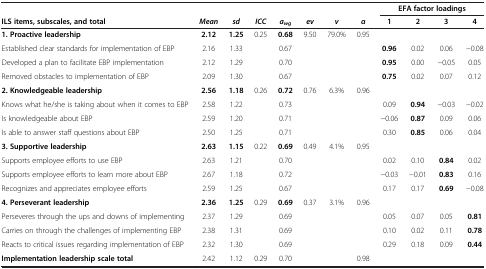
<table><thead><tr><td colspan="8"><b> </b></td><td colspan="4"><b>EFA factor loadings</b></td></tr><tr><td><b>ILS items, subscales, and total</b></td><td><b><i>Mean</i></b></td><td><b><i>sd</i></b></td><td><b><i>ICC</i></b></td><td><b><i>a</i><sub><i>wg</i></sub></b></td><td><b><i>ev</i></b></td><td><b><i>v</i></b></td><td><b><i>α</i></b></td><td><b>1</b></td><td><b>2</b></td><td><b>3</b></td><td><b>4</b></td></tr></thead><tbody><tr><td><b>1. Proactive leadership</b></td><td><b>2.12</b></td><td><b>1.25</b></td><td>0.25</td><td><b>0.68</b></td><td>9.50</td><td>79.0%</td><td>0.95</td><td> </td><td> </td><td> </td><td> </td></tr><tr><td>Established clear standards for implementation of EBP</td><td>2.16</td><td>1.33</td><td> </td><td>0.67</td><td> </td><td> </td><td> </td><td><b>0.96</b></td><td>0.02</td><td>0.06</td><td>−0.08</td></tr><tr><td>Developed a plan to facilitate EBP implementation</td><td>2.12</td><td>1.29</td><td> </td><td>0.70</td><td> </td><td> </td><td> </td><td><b>0.95</b></td><td>0.00</td><td>−0.05</td><td>0.05</td></tr><tr><td>Removed obstacles to implementation of EBP</td><td>2.09</td><td>1.30</td><td> </td><td>0.67</td><td> </td><td> </td><td> </td><td><b>0.75</b></td><td>0.02</td><td>0.07</td><td>0.12</td></tr><tr><td><b>2. Knowledgeable leadership</b></td><td><b>2.56</b></td><td><b>1.18</b></td><td>0.26</td><td><b>0.72</b></td><td>0.76</td><td>6.3%</td><td>0.96</td><td> </td><td> </td><td> </td><td> </td></tr><tr><td>Knows what he/she is taking about when it comes to EBP</td><td>2.58</td><td>1.22</td><td> </td><td>0.73</td><td> </td><td> </td><td> </td><td>0.09</td><td><b>0.94</b></td><td>−0.03</td><td>−0.02</td></tr><tr><td>Is knowledgeable about EBP</td><td>2.59</td><td>1.20</td><td> </td><td>0.71</td><td> </td><td> </td><td> </td><td>−0.06</td><td><b>0.87</b></td><td>0.09</td><td>0.06</td></tr><tr><td>Is able to answer staff questions about EBP</td><td>2.50</td><td>1.25</td><td> </td><td>0.71</td><td> </td><td> </td><td> </td><td>0.30</td><td><b>0.85</b></td><td>0.06</td><td>0.04</td></tr><tr><td><b>3. Supportive leadership</b></td><td><b>2.63</b></td><td><b>1.15</b></td><td>0.22</td><td><b>0.69</b></td><td>0.49</td><td>4.1%</td><td>0.95</td><td> </td><td> </td><td> </td><td> </td></tr><tr><td>Supports employee efforts to use EBP</td><td>2.63</td><td>1.21</td><td> </td><td>0.70</td><td> </td><td> </td><td> </td><td>0.02</td><td>0.10</td><td><b>0.84</b></td><td>0.02</td></tr><tr><td>Supports employee efforts to learn more about EBP</td><td>2.67</td><td>1.18</td><td> </td><td>0.72</td><td> </td><td> </td><td> </td><td>−0.03</td><td>−0.01</td><td><b>0.83</b></td><td>0.16</td></tr><tr><td>Recognizes and appreciates employee efforts</td><td>2.59</td><td>1.25</td><td> </td><td>0.67</td><td> </td><td> </td><td> </td><td>0.17</td><td>0.17</td><td><b>0.69</b></td><td>−0.08</td></tr><tr><td><b>4. Perseverant leadership</b></td><td><b>2.36</b></td><td><b>1.25</b></td><td>0.29</td><td><b>0.69</b></td><td>0.37</td><td>3.1%</td><td>0.96</td><td> </td><td> </td><td> </td><td> </td></tr><tr><td>Perseveres through the ups and downs of implementing</td><td>2.37</td><td>1.29</td><td> </td><td>0.69</td><td> </td><td> </td><td> </td><td>0.05</td><td>0.07</td><td>0.05</td><td><b>0.81</b></td></tr><tr><td>Carries on through the challenges of implementing EBP</td><td>2.38</td><td>1.31</td><td> </td><td>0.69</td><td> </td><td> </td><td> </td><td>0.10</td><td>0.02</td><td>0.11</td><td><b>0.78</b></td></tr><tr><td>Reacts to critical issues regarding implementation of EBP</td><td>2.32</td><td>1.30</td><td> </td><td>0.69</td><td> </td><td> </td><td> </td><td>0.29</td><td>0.18</td><td>0.09</td><td><b>0.44</b></td></tr><tr><td><b>Implementation leadership scale total</b></td><td>2.42</td><td>1.12</td><td>0.29</td><td>0.70</td><td> </td><td> </td><td>0.98</td><td> </td><td> </td><td> </td><td> </td></tr></tbody></table>